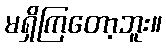
မရှိကြတော့ဘူး။